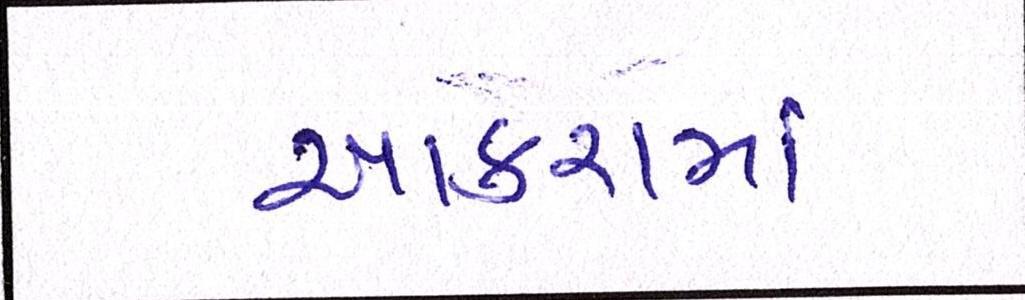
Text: આકરામાં